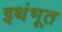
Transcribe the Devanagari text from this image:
इथंभूत